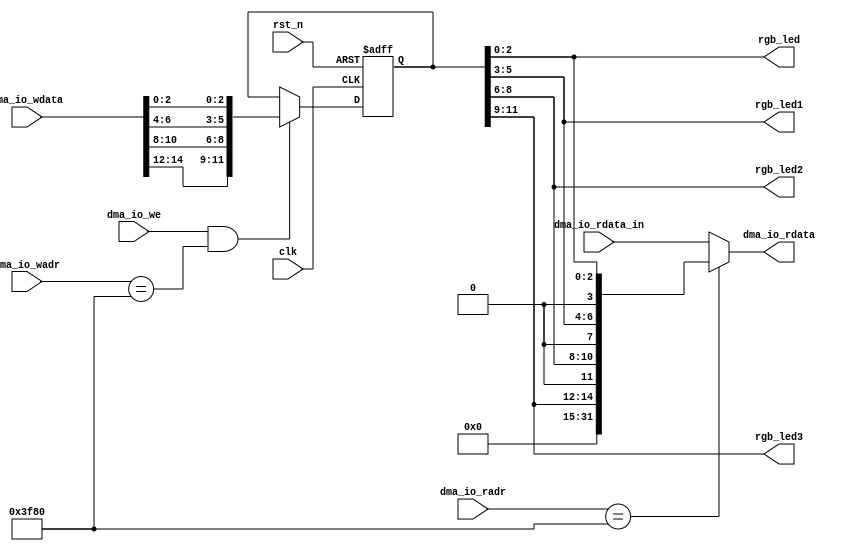
/*
 * My RISC-V RV32I CPU
 *   FPGA LED output Module for Tang Premier
 *    Verilog code
 * @auther		Yoshiki Kurokawa <yoshiki.k963@gmail.com>
 * @copylight	2021 Yoshiki Kurokawa
 * @license		https://opensource.org/licenses/MIT     MIT license
 * @version		0.1
 */

module io_led(
	input clk,
	input rst_n,
	// from/to IO bus

    input dma_io_we,
    input [15:2] dma_io_wadr,
    input [31:0] dma_io_wdata,
    input [15:2] dma_io_radr,
    input [31:0] dma_io_rdata_in,
    output [31:0] dma_io_rdata,
	output [2:0] rgb_led,
	output [2:0] rgb_led1,
	output [2:0] rgb_led2,
	output [2:0] rgb_led3

	);

reg [11:0] led_value;

// decode :: adr 0x0 : LED values
`define SYS_LED_IO 14'h3F80

wire we_led_value = dma_io_we & (dma_io_wadr == `SYS_LED_IO);
wire re_led_value = (dma_io_radr == `SYS_LED_IO);


always @ (posedge clk or negedge rst_n) begin
    if (~rst_n)
        led_value <= 12'd0 ;
	else if ( we_led_value )
		led_value <= { dma_io_wdata[14:12],dma_io_wdata[10:8], dma_io_wdata[6:4], dma_io_wdata[2:0]};
end

assign dma_io_rdata = re_led_value ? { 17'd0, led_value[11:9], 1'b0, led_value[8:6], 1'b0, led_value[5:3], 1'b0, led_value[2:0] } : dma_io_rdata_in;
assign rgb_led = led_value[2:0];
assign rgb_led1 = led_value[5:3];
assign rgb_led2 = led_value[8:6];
assign rgb_led3 = led_value[11:9];

endmodule